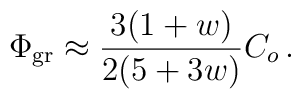
\Phi_{\rm gr}\approx {3(1+w)\over 2(5+3w)}C_o\,.